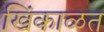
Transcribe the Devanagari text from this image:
खिंकाळत